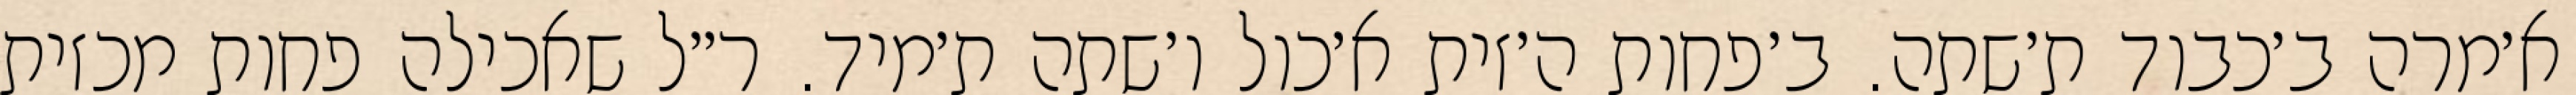
א׳מרה ב׳כבוד ת׳שתה. ב׳פחות ה׳זית א׳כול ו׳שתה ת׳מיד. ר״ל שאכילה פחות מכזית